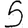
Digit: 5